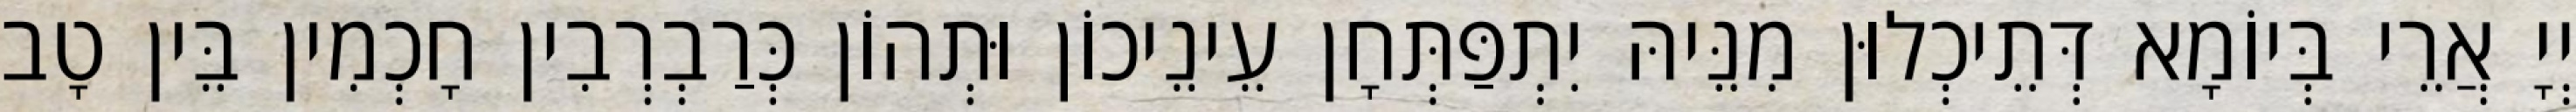
יְיָ אֲרֵי בְּיוֹמָא דְּתֵיכְלוּן מִנֵּיהּ יִתְפַּתְּחָן עֵינֵיכוֹן וּתְהוֹן כְּרַבְרְבִין חָכְמִין בֵּין טָב